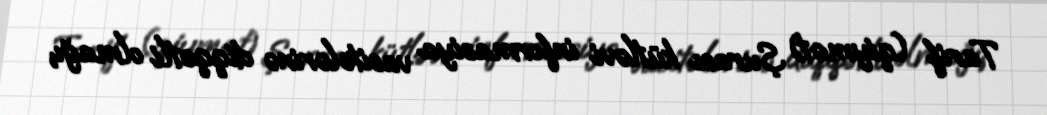
Tarif (qiymət) Şurası kütləvi informasiya vasitələrinə diqqətli olmağı,